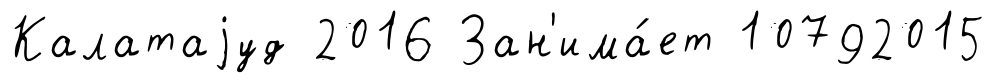
Калатаjуд 2016 Зан'има́ет 10792015